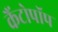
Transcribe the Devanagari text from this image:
कैंटोपॉप